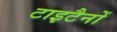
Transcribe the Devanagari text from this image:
टाइटैनों